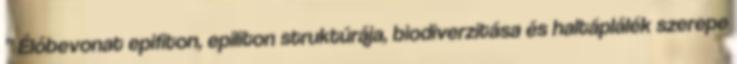
” Élőbevonat epifiton, epiliton struktúrája, biodiverzitása és haltáplálék szerepe